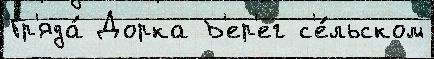
Гр'яда́ Дорка Б'ер'ег с'е́льском